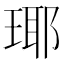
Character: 瑘